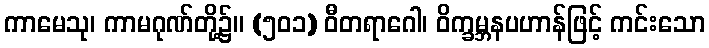
ကာမေသု၊ ကာမဂုဏ်တို့၌။ (၅၀၁) ဝီတရာဂေါ၊ ဝိက္ခမ္ဘနပဟာန်ဖြင့် ကင်းသော